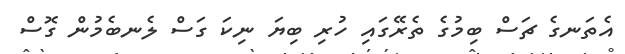
އެތަނގެ ޗަސް ބިމުގެ ތެރޭގައި ހުރި ބިޔަ ނިކަ ގަސް ލެނބެމުން ގޮސް